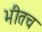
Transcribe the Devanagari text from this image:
भीतच